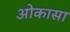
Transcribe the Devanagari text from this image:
ओकासा